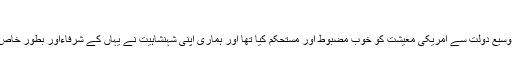
(اللہ مالک)
یہ ذکر چھوٹ گیا تھا کہ شاہان سعود نے اپنی بے حد ودوسیع دولت سے امریکی معیشت کو خوب مضبوط اور مستحکم کیا تھا اور ہماری اپنی شہنشاہیت نے یہاں کے شرفاءاور بطور خاص غیر مسلم اعلی خاندانوں کی معیشت کو خوب سہارا دیا۔